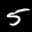
Label: 5